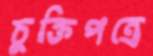
চুক্তিপত্রে